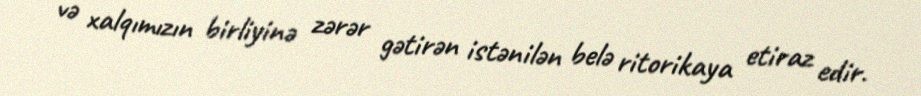
və xalqımızın birliyinə zərər gətirən istənilən belə ritorikaya etiraz edir.